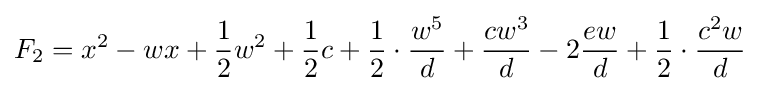
F_{2}=x^{2}-wx+{\frac {1}{2}}w^{2}+{\frac {1}{2}}c+{\frac {1}{2}}\cdot {\frac {w^{5}}{d}}+{\frac {cw^{3}}{d}}-2{\frac {ew}{d}}+{\frac {1}{2}}\cdot {\frac {c^{2}w}{d}}